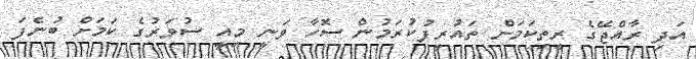
އަދި ރާއްޖޭގެ ރީތިކަމަށް ތައުރީފުކުރަމުން ސޮހާ ވަނީ މިއީ ސުވަރުގެ ކަމަށް ބުނެފަ